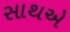
સાથએ